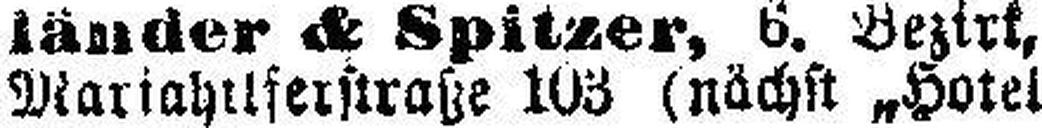
Mariahilferstraße 103 (nächst „Hotel